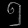
Digit: ၅